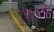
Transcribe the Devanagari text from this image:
३१३वॉ